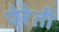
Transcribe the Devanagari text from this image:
पेरेती